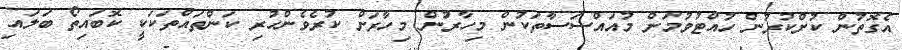
އެގޮތުން ކުށްކުރުން ހުއްޓުވުމަށް މުއައްސަސާތަކުން މިހާރުން މިހާރަށް ކުރެވެންހުރި ކަންތައްތަކަކީ ކޮބައިތޯ ބަލައި